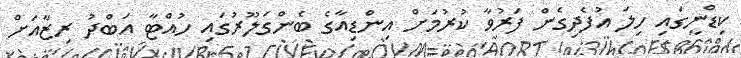
ކިޑްނީގައި ހިލަ އުފެދިގެން ފަރުވާ ކުރުމަށް އިންޑިއާގެ ބެންގަލޫރުގައި ހުއްޓާ އަބްދު ރިޒާއަށް